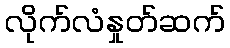
လိုက်လံနှုတ်ဆက်